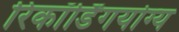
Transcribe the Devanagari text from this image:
रिकॉर्डिंगयोग्य